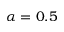
\alpha = 0 . 5